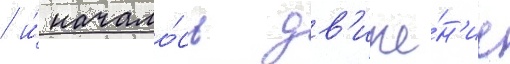
/ и́ начало́сь дв'иже́н'ие